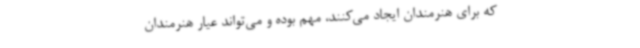
که برای هنرمندان ایجاد می‌کنند، مهم بوده و می‌تواند عیار هنرمندان